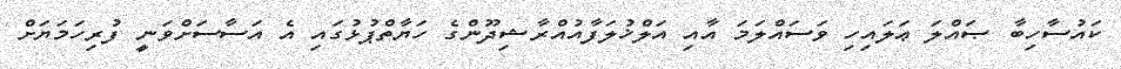
ކައުސާހިބާ ޞައްލަ ޢަލައިހި ވަސައްލަމަ އާއި އަލްޚުލަފާއުއްރާޝިދޫންގެ ހަޔާތްޕުޅުގައި އެ އަސާސަށްވަނީ ފުރިހަމަޔަށް